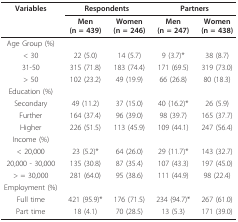
<table><thead><tr><td><b>Variables</b></td><td colspan="2"><b>Respondents</b></td><td colspan="2"><b>Partners</b></td></tr><tr><td></td><td><b>Men(n = 439)</b></td><td><b>Women(n = 246)</b></td><td><b>Men(n = 247)</b></td><td><b>Women(n = 438)</b></td></tr></thead><tbody><tr><td>Age Group (%)</td><td></td><td></td><td></td><td></td></tr><tr><td>&lt; 30</td><td>22 (5.0)</td><td>14 (5.7)</td><td>9 (3.7)*</td><td>38 (8.7)</td></tr><tr><td>31-50</td><td>315 (71.8)</td><td>183 (74.4)</td><td>171 (69.5)</td><td>319 (73.0)</td></tr><tr><td>&gt; 50</td><td>102 (23.2)</td><td>49 (19.9)</td><td>66 (26.8)</td><td>80 (18.3)</td></tr><tr><td>Education (%)</td><td></td><td></td><td></td><td></td></tr><tr><td>Secondary</td><td>49 (11.2)</td><td>37 (15.0)</td><td>40 (16.2)*</td><td>26 (5.9)</td></tr><tr><td>Further</td><td>164 (37.4)</td><td>96 (39.0)</td><td>98 (39.7)</td><td>165 (37.7)</td></tr><tr><td>Higher</td><td>226 (51.5)</td><td>113 (45.9)</td><td>109 (44.1)</td><td>247 (56.4)</td></tr><tr><td>Income (%)</td><td></td><td></td><td></td><td></td></tr><tr><td>&lt; 20,000</td><td>23 (5.2)*</td><td>64 (26.0)</td><td>29 (11.7)*</td><td>143 (32.7)</td></tr><tr><td>20,000 - 30,000</td><td>135 (30.8)</td><td>87 (35.4)</td><td>107 (43.3)</td><td>197 (45.0)</td></tr><tr><td>&gt; = 30,000</td><td>281 (64.0)</td><td>95 (38.6)</td><td>111 (44.9)</td><td>98 (22.4)</td></tr><tr><td>Employment (%)</td><td></td><td></td><td></td><td></td></tr><tr><td>Full time</td><td>421 (95.9)*</td><td>176 (71.5)</td><td>234 (94.7)*</td><td>267 (61.0)</td></tr><tr><td>Part time</td><td>18 (4.1)</td><td>70 (28.5)</td><td>13 (5.3)</td><td>171 (39.0)</td></tr></tbody></table>